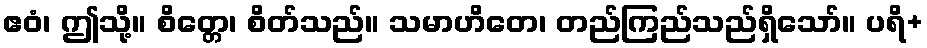
ဧဝံ၊ ဤသို့။ စိတ္တေ၊ စိတ်သည်။ သမာဟိတေ၊ တည်ကြည်သည်ရှိသော်။ ပရိ+